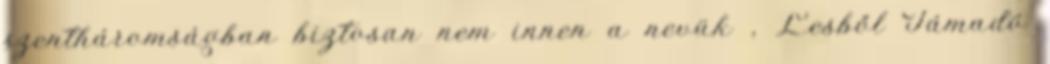
szentháromságban biztosan nem innen a nevük , Lesből Támadó